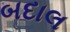
બદાલ